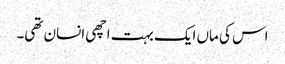
اس کی ماں ایک بہت اچھی انسان تھی۔